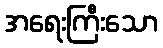
အရေးကြီးသော